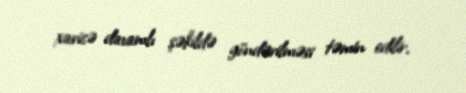
xaricə davamlı şəkildə göndərilməsi təmin edilir.